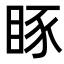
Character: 𥆋